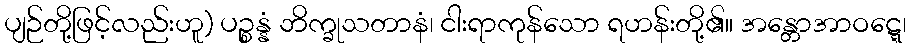
ပျဉ်တို့ဖြင့်လည်းဟူ) ပဉ္စန္နံ ဘိက္ခုသတာနံ၊ ငါးရာကုန်သော ရဟန်းတို့၏။ အန္တောအာဝဋ္ဋေ၊